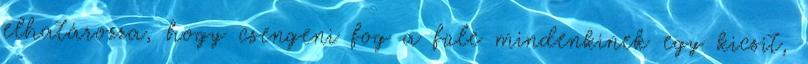
elhatározza, hogy csengeni fog a füle mindenkinek egy kicsit,